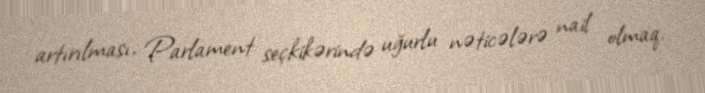
artırılması, Parlament seçkikərində uğurlu nəticələrə nail olmaq.